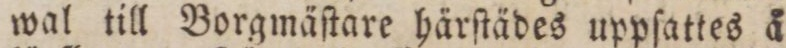
wal till Borgmäſtare härſtädes uppſattes å